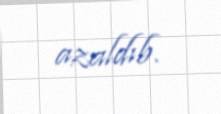
azaldıb.